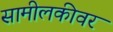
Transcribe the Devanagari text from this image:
सामीलकीवर